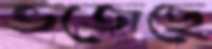
ভজেছে